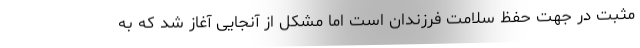
مثبت در جهت حفظ سلامت فرزندان است اما مشکل از آنجایی آغاز شد که به